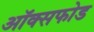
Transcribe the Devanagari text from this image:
ऑक्सफोड